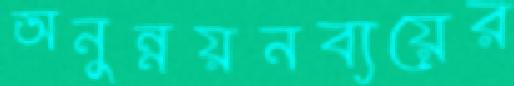
অনুন্নয়নব্যয়ের